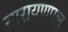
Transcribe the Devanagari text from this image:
नारायणपल